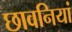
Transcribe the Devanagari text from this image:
छावनियां